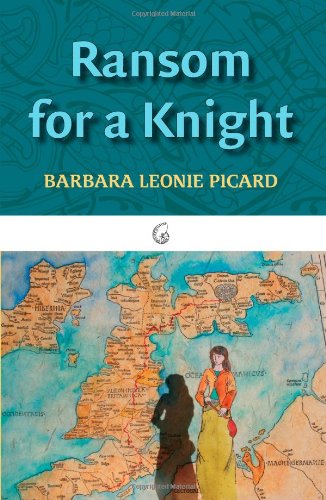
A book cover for Ransom for a Knight (The Nautilus Series); Barbara Leonie Picard; Teen & Young Adult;